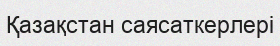
Қазақстан саясаткерлері